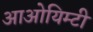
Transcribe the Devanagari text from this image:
आओयिम्टी